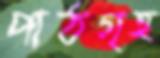
পাঠগৃহ